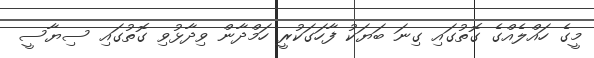
މީގެ ހައްލެއްގެ ގޮތުގައި ގިނަ ބަޔަކު ފާހަގަކުރީ ހަމްދާން ވިދާޅުވި ގޮތުގައި ސިޔާސީ